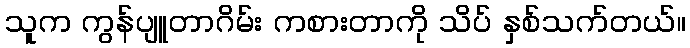
သူက ကွန်ပျူတာဂိမ်း ကစားတာကို သိပ် နှစ်သက်တယ်။